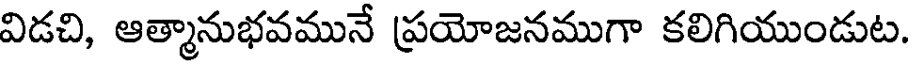
విడచి, ఆత్మానుభవమునే ప్రయోజనముగా కలిగియుండుట.